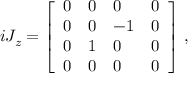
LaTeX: i J _ { z } = { \left[ \begin{array} { l l l l } { 0 } & { 0 } & { 0 } & { 0 } \\ { 0 } & { 0 } & { - 1 } & { 0 } \\ { 0 } & { 1 } & { 0 } & { 0 } \\ { 0 } & { 0 } & { 0 } & { 0 } \end{array} \right] } ~ ,